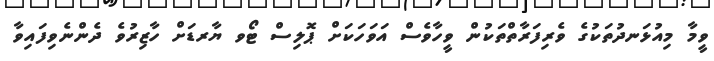
ވީމާ މިއުޅަނދުތަކުގެ ވެރިފަރާތްތަކުން ވީހާވެސް އަވަހަކަށް ޕޮލިސް ޓޯވ ޔާރޑަށް ހާޒިރުވެ ދެންނެވިފައިވާ